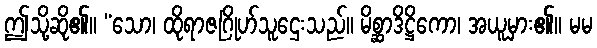
ဤသို့ဆို၏။ “သော၊ ထိုရာဇဂြိုဟ်သူဌေးသည်။ မိစ္ဆာဒိဋ္ဌိကော၊ အယူမှား၏။ မမ